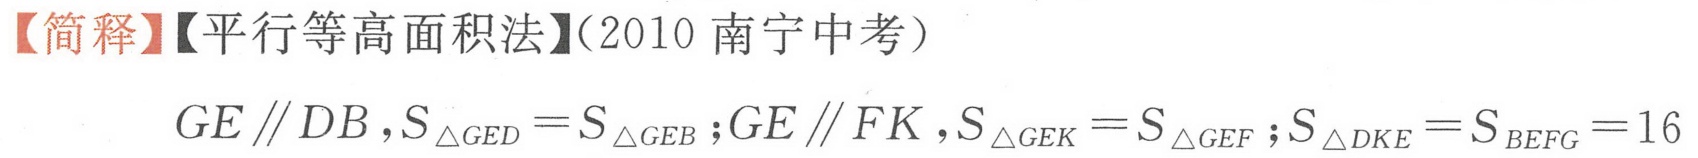
【简释】【平行等高面积法】(2010南宁中考）
\(GE\parallel DB,S_{\triangle GED}=S_{\triangle GEB};GE\parallel FK,S_{\triangle GEK}=S_{\triangle GEF};S_{\triangle DKE}=S_{BEFG}=16\)